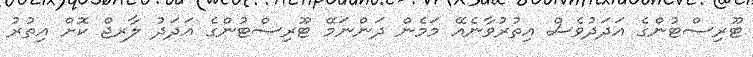
ޓޫރިސްޓުންގެ އަދަދުވެސް އިތުރުވާނެއޭ މަމެން ދަންނަމޭ ޓޫރިސްޓުންގެ އަދަދު ލާރޖް ކޮށް އިތުރު